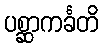
ပစ္ဆာကင်္ခတိ